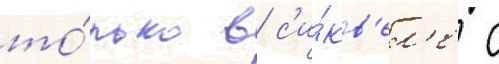
то́лько в с'и́кв'ел'е с